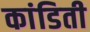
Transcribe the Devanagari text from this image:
कांडिती